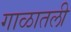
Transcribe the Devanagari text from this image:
गाळातली